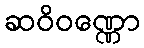
ဆဝိဝဏ္ဏော